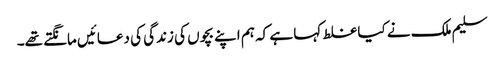
سلیم ملک نے کیا غلط کہا ہے کہ ہم اپنے بچوں کی زندگی کی دعائیں مانگتے تھے۔